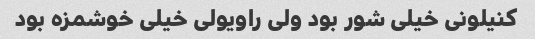
کنیلونی خیلی شور بود ولی راویولی خیلی خوشمزه بود